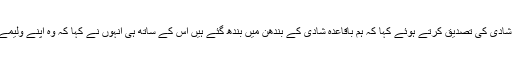
ارمینا خان نے فیصل خان کے ساتھ شادی کی تصدیق کرتے ہوئے کہا کہ ہم باقاعدہ شادی کے بندھن میں بندھ گئے ہیں اس کے ساتھ ہی انہوں نے کہا کہ وہ اپنے ولیمے کی تقریب بعد میں منعقد کریں گی۔